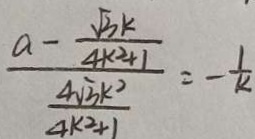
\frac { a - \frac { \sqrt { 3 } k } { 4 k ^ { 2 } + 1 } } { \frac { 4 \sqrt { 3 } k ^ { 2 } } { 4 k ^ { 2 } + 1 } } = - \frac { 1 } { k }